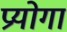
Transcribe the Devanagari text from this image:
प्रयोगा